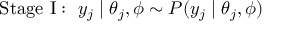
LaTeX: { \mathrm { S t a g e ~ I : ~ } } y _ { j } \mid \theta _ { j } , \phi \sim P ( y _ { j } \mid \theta _ { j } , \phi )